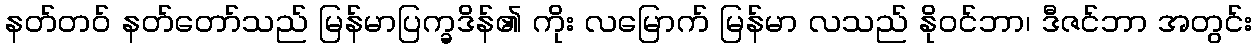
နတ်တဝ် နတ်တော်သည် မြန်မာပြက္ခဒိန်၏ ကိုး လမြောက် မြန်မာ လသည် နိုဝင်ဘာ၊ ဒီဇင်ဘာ အတွင်း